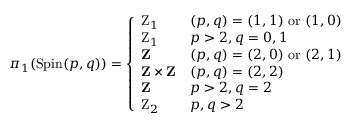
\pi _ { 1 } ( { \mathrm { S p i n } } ( p , q ) ) = { \left\{ \begin{array} { l l } { \mathrm { Z } _ { 1 } } & { ( p , q ) = ( 1 , 1 ) { \mathrm { ~ o r ~ } } ( 1 , 0 ) } \\ { \mathrm { Z } _ { 1 } } & { p > 2 , q = 0 , 1 } \\ { \mathbf { Z } } & { ( p , q ) = ( 2 , 0 ) { \mathrm { ~ o r ~ } } ( 2 , 1 ) } \\ { \mathbf { Z } \times \mathbf { Z } } & { ( p , q ) = ( 2 , 2 ) } \\ { \mathbf { Z } } & { p > 2 , q = 2 } \\ { \mathrm { Z } _ { 2 } } & { p , q > 2 } \end{array} \right. }